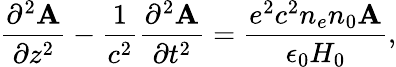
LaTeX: \frac{\partial^{2}\mathbf{A}}{\partial z^{2}}-\frac{1}{c^{2}}\frac{\partial^{2}\mathbf{A}}{\partial t^{2}}=\frac{e^{2}c^{2}n_{e}n_{0}\mathbf{A}}{\epsilon_{0}H_{0}},